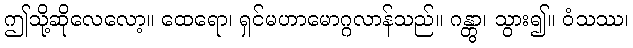
ဤသို့ဆိုလေလော့။ ထေရော၊ ရှင်မဟာမောဂ္ဂလာန်သည်။ ဂန္တွာ၊ သွား၍။ ဝံသဿ၊